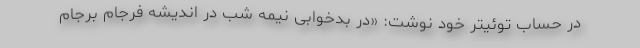
در حساب توئیتر خود نوشت: «در بدخوابی نیمه شب در اندیشه فرجامِ برجام